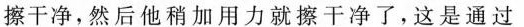
擦干净，然后他稍加用力就擦干净了，这是通过